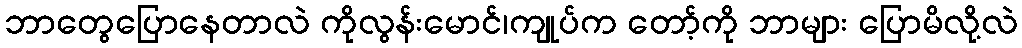
ဘာတွေပြောနေတာလဲ ကိုလွန်းမောင်၊ကျုပ်က တော့်ကို ဘာများ ပြောမိလို့လဲ